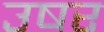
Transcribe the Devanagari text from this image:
उषर